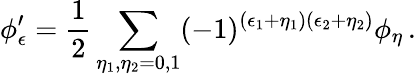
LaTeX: \phi_{\epsilon}^{\prime}=\frac{1}{2}\sum_{\eta_{1},\eta_{2}=0,1}(-1)^{(\epsilon_{1}+\eta_{1})(\epsilon_{2}+\eta_{2})}\phi_{\eta}\, .